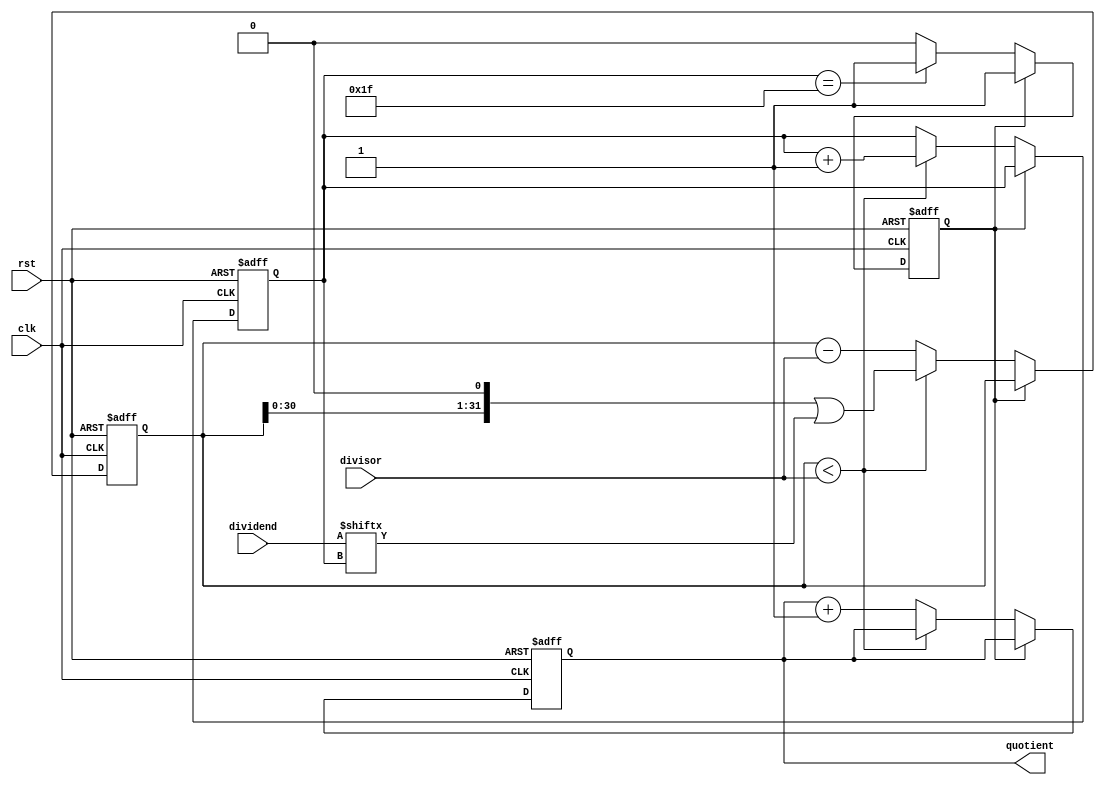
module Counter_Based_Divider (
    input wire clk,
    input wire rst,
    input wire [31:0] dividend,
    input wire [31:0] divisor,
    output reg [31:0] quotient
);

reg [31:0] remainder;
reg [31:0] counter;
reg complete;

always @(posedge clk or posedge rst) begin
    if (rst) begin
        quotient <= 0;
        remainder <= 0;
        counter <= 0;
        complete <= 0;
    end else begin
        if (complete) begin
            // do nothing
        end else begin
            if (remainder < divisor) begin
                remainder <= (remainder << 1) | dividend[counter];
                counter <= counter + 1;
            end else begin
                remainder <= remainder - divisor;
                quotient <= quotient + 1;
            end
            
            if (counter == 31) begin
                complete <= 1;
            end
        end
    end
end

endmodule